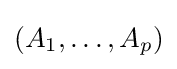
(A_{1},\ldots ,A_{p})